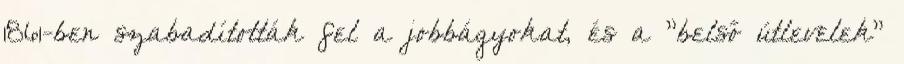
1861-ben szabadították fel a jobbágyokat, és a "belső útlevelek"